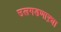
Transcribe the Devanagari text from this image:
उलगडणाऱ्या